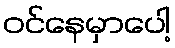
ဝင်နေမှာပေါ့